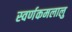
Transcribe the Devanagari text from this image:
स्वर्णकमलालु